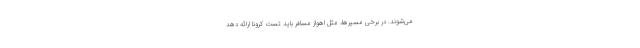
می‌شوند. در برخی مسیرها، مثل اهواز مسافر باید تست کرونا ارائه دهد